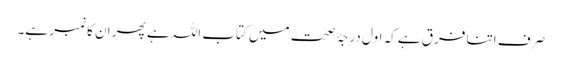
صرف اتنا فرق ہے کہ اول درجۂ صحت میں کتاب اللہ ہے پھر ان کا نمبر ہے۔